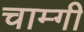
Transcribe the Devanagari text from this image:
चाम्गी